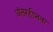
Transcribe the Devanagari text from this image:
अंतरहीनता